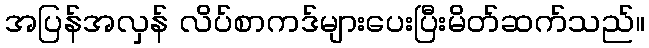
အပြန်အလှန် လိပ်စာကဒ်များပေးပြီးမိတ်ဆက်သည်။